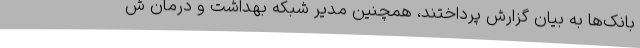
بانک‌ها به بیان گزارش پرداختند، همچنین مدیر شبکه بهداشت و درمان ش